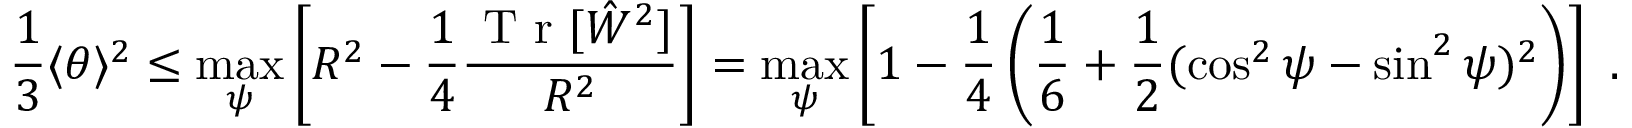
\frac { 1 } { 3 } \langle \theta \rangle ^ { 2 } \leq \operatorname* { m a x } _ { \psi } \left[ R ^ { 2 } - \frac { 1 } { 4 } \frac { \textrm { T r } [ \hat { W } ^ { 2 } ] } { R ^ { 2 } } \right] = \operatorname* { m a x } _ { \psi } \left[ 1 - \frac { 1 } { 4 } \left( \frac { 1 } { 6 } + \frac { 1 } { 2 } ( \cos ^ { 2 } \psi - \sin ^ { 2 } \psi ) ^ { 2 } \right) \right] \ .